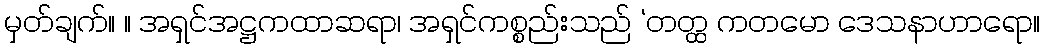
မှတ်ချက်။ ။ အရှင်အဋ္ဌကထာဆရာ၊ အရှင်ကစ္စည်းသည် ‘တတ္ထ ကတမော ဒေသနာဟာရော။